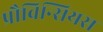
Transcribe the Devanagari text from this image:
प्रौविन्सियस